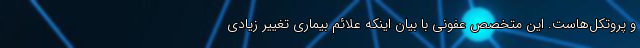
و پروتکل‌هاست. این متخصص عفونی با بیان اینکه علائم بیماری تغییر زیادی